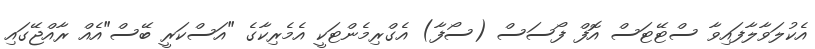
އެކުލަވާލާފައިވާ ސްޓޭޓަސް އޮފް ފޯސަސް (ސޯފާ) އެގްރިމެންޓަކީ އެމެރިކާގެ "އަސްކަރީ ބޭސް"އެއް ރާއްޖޭގައި